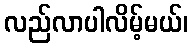
လည်လာပါလိမ့်မယ်၊